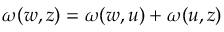
\omega ( w , z ) = \omega ( w , u ) + \omega ( u , z )